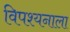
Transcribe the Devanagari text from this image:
विपश्यनाला